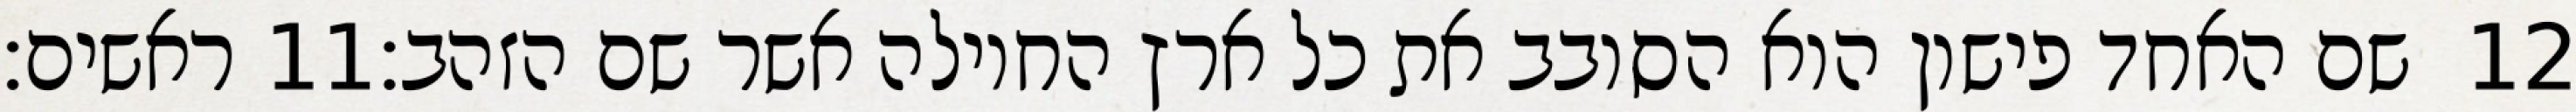
ראשים׃ ‎11‏ שם האחד פישון הוא הסובב את כל ארץ החוילה אשר שם הזהב׃ ‎12‏